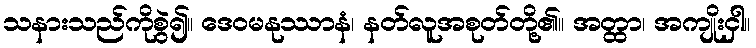
သနားသည်ကိုစွဲ၍။ ဒေဝမနုဿာနံ၊ နတ်လူအစုတ်တို့၏။ အတ္ထာ၊ အကျိုးငှါ။